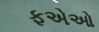
ફએઓ